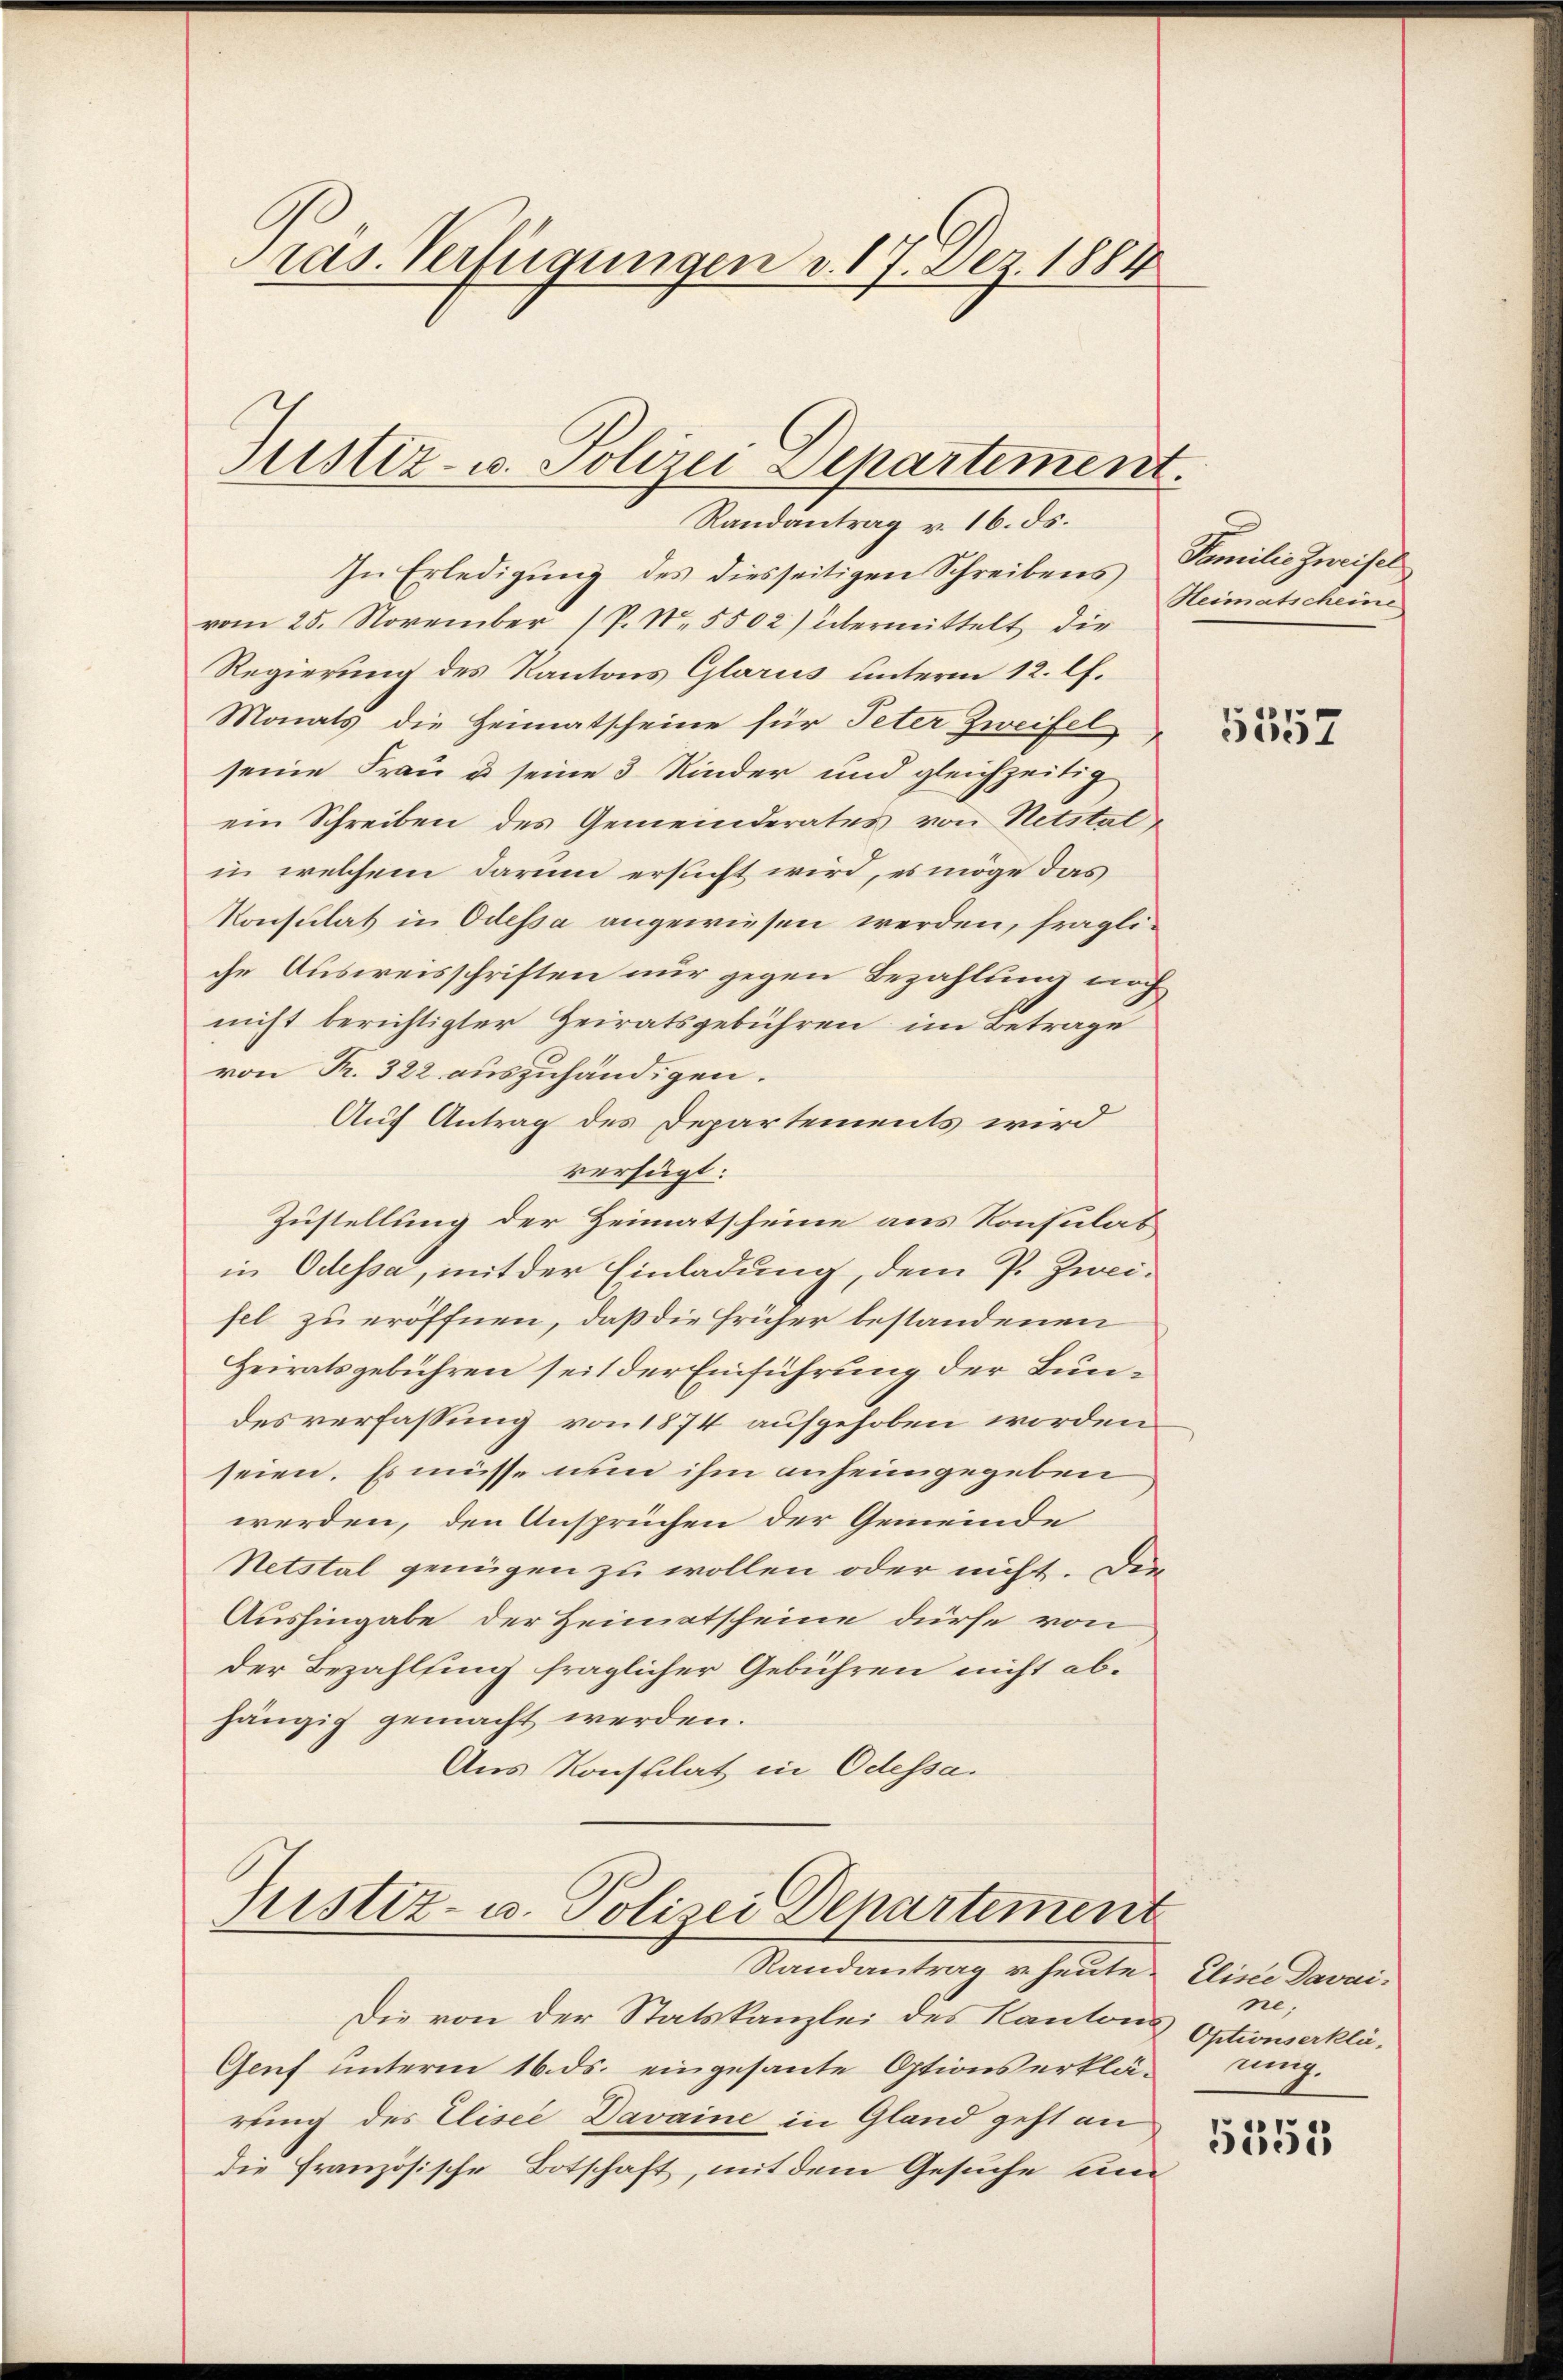
ras. Verfügungen d. 17. Dez. 1884

Justiz- u. Polizei Departement.
Randantrag v. 16. ds.

In Erledigung des diesseitigen Schreibens Familie Zweifel
vom 25. November (P. Nr. 5502) übermittelt die
Regierung des Kantons Glarus unterm 12. lf.
Monats die Heimatscheine für Peter Zweifel
seine Frau u. seine 3 Kinder und gleichzeitig
ein Schreiben des Gemeinderates von Notstat
in welchem darum ersucht wird, es möge das
Konsulat in Odessa angewiesen werden, fragliche Ausweisschriften nur gegen Bezahlung noch
nicht berichtigter Heiratsgebühren im Betrage
von R. 322 auszuhändigen.
Auf Antrag des Departements wird
verfügt:
Zustellung der Heimatscheine aus Konsulat
in Odessa, mit der Einladung, dem P. Zwei-
fel zu eröffnen, daß die früher bestandenen
Heiratsgebühren seit der Einführung der Bundesverfassung von 1874 aufgehoben worden
seien. Es müsse nun ihm anheimgegeben
werden, den Ansprüchen der Gemeinde
Netstal genügen zu wollen oder nicht. Die
Aushingabe der Heimatscheine dürfe von
der Bezahlung fraglicher Gebühren nicht abhängig gemacht werden.
Aus Konstilat in Odessa.

Justiz- u. Polizei Departement
Randantrag u. heute.

Die von der Statskanzlei des Kantons Optionserklä¬
Genf unterm 16. ds. eingesante Optionserklärung.
rung des Elisee Davaine in Gland geht an
die Französische Botschaft, mit dem Gesuche eine

Heimatscheine

5357

Eliste Davai
ne;

5355